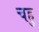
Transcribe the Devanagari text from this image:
चहु